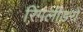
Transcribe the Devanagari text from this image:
रिंगलीडरों